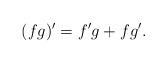
LaTeX: \begin{align*} (fg)'= f'g+fg' .\end{align*}